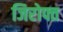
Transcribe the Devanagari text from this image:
जिरोफ्त